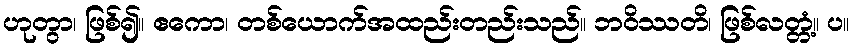
ဟုတွာ၊ ဖြစ်၍။ ဧကော၊ တစ်ယောက်အထည်းတည်းသည်။ ဘဝိဿတိ၊ ဖြစ်လတ္တံ့။ ပ။